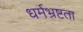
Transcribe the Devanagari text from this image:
धर्मभ्रष्टता